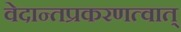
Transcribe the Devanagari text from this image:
वेदान्तप्रकरणत्वात्